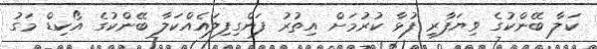
ކަލާ ބޭންކުގެ ވިޔަފާރި ފުޅާ ކުރުމަށް އިތުރު ފަންގިފިލައެއްކަލާ ބޭންކުގެ އޯކިޑް މަގު